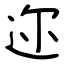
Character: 迩